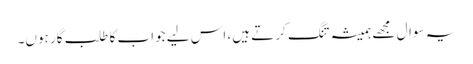
یہ سوال مجھے ہمیشہ تنگ کرتے ہیں، اس لیے جواب کا طلب گار ہوں۔